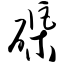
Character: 磲